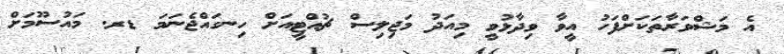
އެ މަޝްވަރާތަކަށްފަހު އީވާ ވިދާޅުވީ މިއަދު މަޖިލިސް ޗުއްޓީއަށް ހިނގައްޖެނަމަ ޑރ. މައުސޫމަށް